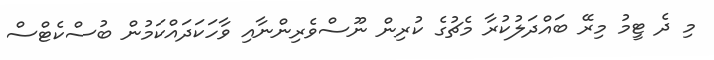
މި ދެ ޓީމު މިރޭ ބައްދަލުކުރާ މެޗުގެ ކުރިން ނޫސްވެރިންނާއި ވާހަކަދައްކަމުން ބުސްކެޓްސް